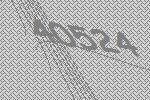
40524